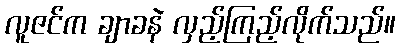
လူဇင်က ချာခနဲ လှည့်ကြည့်လိုက်သည်။